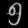
Digit: ၅